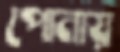
পোনায়